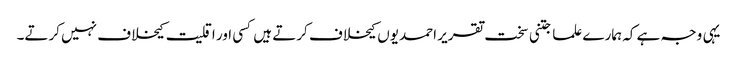
یہی وجہ ہے کہ ہمارے علما جتنی سخت تقریر احمدیوں کیخلاف کرتے ہیں کسی اور اقلیت کیخلاف نہیں کرتے۔